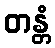
တန္တံ